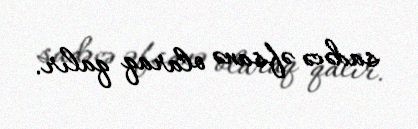
sadəcə əfsanə olaraq qalır.